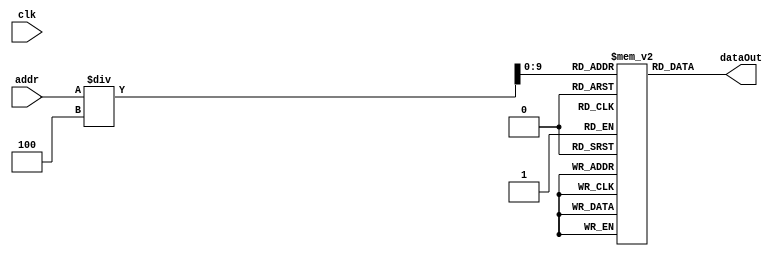
module instructionMemory(clk, addr, dataOut);
  input clk;
  input[31:0] addr;
  output reg[31:0] dataOut;
  reg [31:0] mem[1023:0];
  //initial $readmemh("hexdata.dat", mem);
  always @(addr) begin
    dataOut = mem[addr/4];
  end
endmodule

module testBench;
  reg clk;
  reg[31:0] addr;
  wire[31:0] dataOut;
  reg failed;
  reg [31:0] commands[42:0]; //We have 43 commands in our assembly
  reg [5:0] i;

  instructionMemory memTest(clk, addr, dataOut);
  //initial $readmemh("hexcode.dat", commands);
  initial begin
    failed = 0;
    clk = 0;
    addr = 0;
    i = 0;

    for (i=0; i<42; i=i+1) begin
      addr = addr+i*4;
      clk=1;clk=0;
      $display("expected command at %d: %h", addr, commands[i]);
      if (dataOut != commands[i]) begin
        failed = 1;
        $display("instructionMemory failure: memory %h at address %d does not match expected command %h", dataOut, addr, commands[i]);
      end
    end

    if (!failed) $display("instructionMemory Passed");
  end

endmodule